Plague in India, 1896, 1897 - Volume 3
Year: 1896
Disease focus: Plague
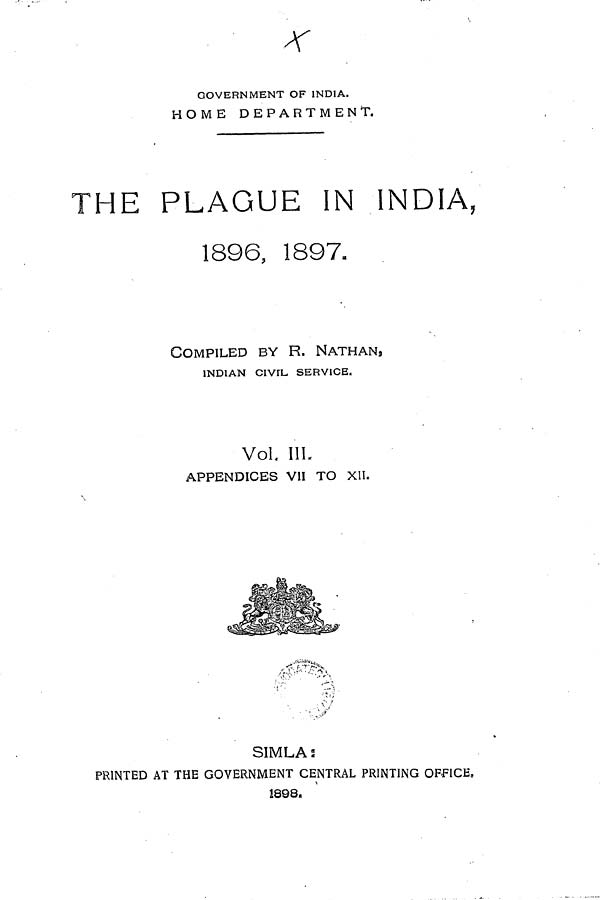
GOVERNMENT OF INDIA.
HOME DEPARTMENT.
THE PLAGUE IN INDIA,
1896, 1897.
COMPILED BY R. NATHAN,
INDIAN CIVIL SERVICE.
Vol. III.
APPENDICES VII TO XII.